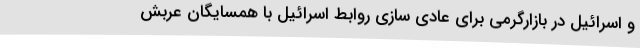
و اسرائیل در بازارگرمی برای عادی سازی روابط اسرائیل با همسایگان عربش